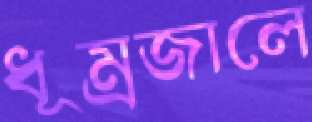
ধূম্রজালে